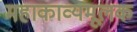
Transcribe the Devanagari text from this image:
महाकाव्यमूलक